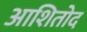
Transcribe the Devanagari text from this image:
आशितोद